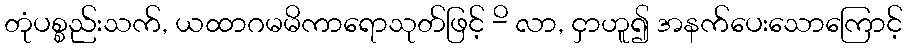
တုံပစ္စည်းသက်, ယထာဂမမိကာရောသုတ်ဖြင့် -ိ လာ, ငှာဟူ၍ အနက်ပေးသောကြောင့်